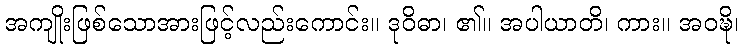
အကျိုးဖြစ်သောအားဖြင့်လည်းကောင်း။ ဒုဝိဓာ၊ ၏။ အပါယာတိ၊ ကား။ အဝဍ္ဎိ၊